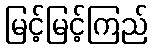
မြင့်မြင့်ကြည်